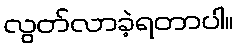
လွတ်လာခဲ့ရတာပါ။